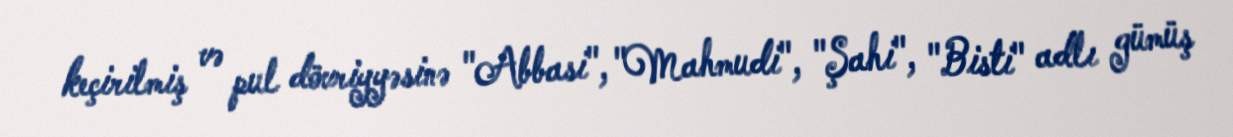
keçirilmiş və pul dövriyyəsinə "Abbasi", "Mahmudi", "Şahi", "Bisti" adlı gümüş